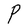
Character: P